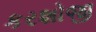
કરશોજી